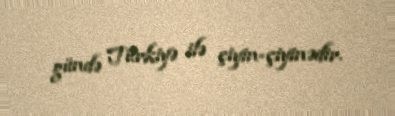
gündə Türkiyə ilə çiyin-çiyinədir.